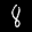
Label: 8